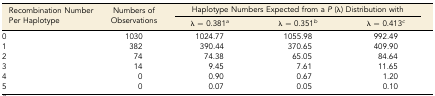
<table><thead><tr><td rowspan="2"><b>Recombination Number Per Haplotype</b></td><td rowspan="2"><b>Numbers of Observations</b></td><td colspan="3"><b>Haplotype Numbers Expected from a <i>P</i> (λ) Distribution with</b></td></tr><tr><td><b>λ = 0.381<i><sup>a</sup></i></b></td><td><b>λ = 0.351<i><sup>b</sup></i></b></td><td><b>λ = 0.413<i><sup>c</sup></i></b></td></tr></thead><tbody><tr><td>0</td><td>1030</td><td>1024.77</td><td>1055.98</td><td>992.49</td></tr><tr><td>1</td><td>382</td><td>390.44</td><td>370.65</td><td>409.90</td></tr><tr><td>2</td><td>74</td><td>74.38</td><td>65.05</td><td>84.64</td></tr><tr><td>3</td><td>14</td><td>9.45</td><td>7.61</td><td>11.65</td></tr><tr><td>4</td><td>0</td><td>0.90</td><td>0.67</td><td>1.20</td></tr><tr><td>5</td><td>0</td><td>0.07</td><td>0.05</td><td>0.10</td></tr></tbody></table>